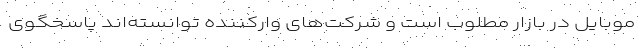
موبایل در بازار مطلوب است و شرکت‌های وارکننده توانسته‌اند پاسخگوی